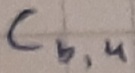
Text: Cb,4